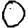
Digit: 0